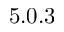
5 . 0 . 3